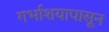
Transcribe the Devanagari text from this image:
गर्भाशयापासून